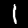
Label: 1